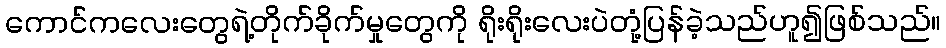
ကောင်ကလေးတွေရဲ့တိုက်ခိုက်မှုတွေကို ရိုးရိုးလေးပဲတုံ့ပြန်ခဲ့သည်ဟူ၍ဖြစ်သည်။